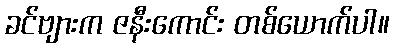
ခင်ဗျားက ဇနီးကောင်း တစ်ယောက်ပါ။